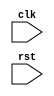
module my_module (
    input wire clk,
    input wire rst,
    // other input/output declarations
);

// behavioral modeling block
always @(posedge clk or negedge rst) begin
    // behavior or functionality of the module
end

// other module code

endmodule